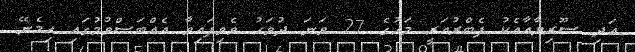
އަދި ސޫރިޔާއާއެކު ފެބްރުއަރީ މަހުގެ 27 ވަނަ ދުވަހު ވެވިފައިވާ އެއްބަސްވުމުގައި ހިމެނޭ